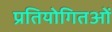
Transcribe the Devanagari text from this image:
प्रतियोगितओं